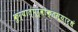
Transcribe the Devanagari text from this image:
कुर्यात्पूर्वोक्तस्यार्धं